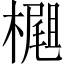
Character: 𣛢